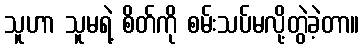
သူဟာ သူမရဲ့ စိတ်ကို စမ်းသပ်မလို့တွဲခဲ့တာ။